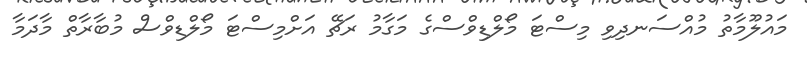
މައުލޫމާތު މުއްސަނދިވި މިސްޓަ މޯލްޑިވްސްގެ މަގާމު ރަޗޭ އަށްމިސްޓަ މޯލްޑިވްސް މުބާރާތް މާދަމާ